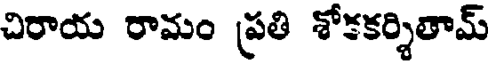
చిరాయ రామం ప్రతి శోకకర్శితామ్